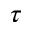
\boldsymbol { \tau }